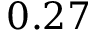
0 . 2 7